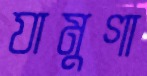
যামুগা